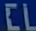
CL